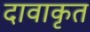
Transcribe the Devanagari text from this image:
दावाकृत